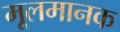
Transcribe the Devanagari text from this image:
मूलमानक